Civil Veterinary Department Bengal reports 1923-33 - 1923-1933
Year: 1923
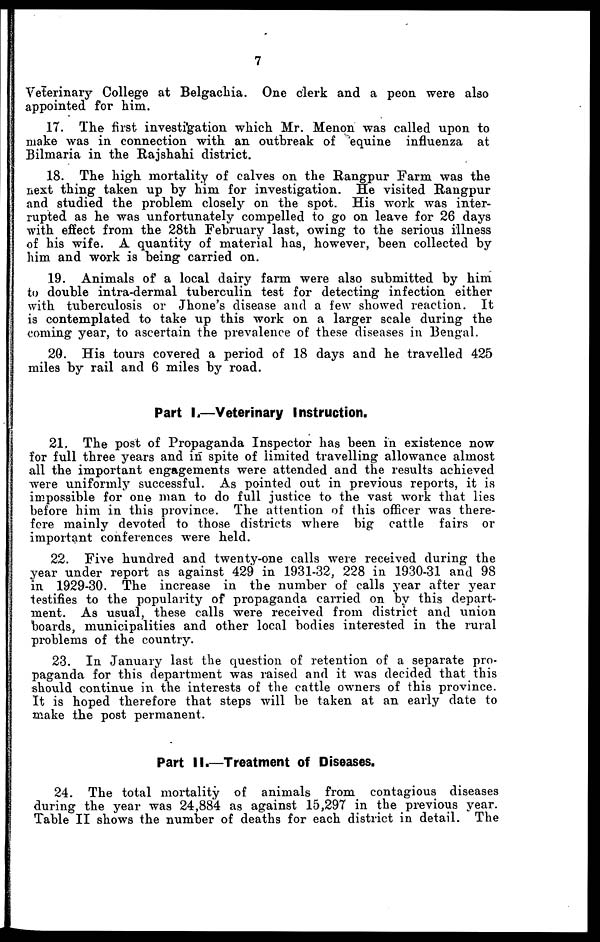
7
Veterinary College at Belgachia. One clerk and a peon were also
appointed for him.
17. The first investigation which Mr. Menon was called upon to
make was in connection with an outbreak of equine influenza at
Bilmaria in the Rajshahi district.
18. The high mortality of calves on the Rangpur Farm was the
next thing taken up by him for investigation. He visited Rangpur
and studied the problem closely on the spot. His work was inter-
rupted as he was unfortunately compelled to go on leave for 26 days
with effect from the 28th February last, owing to the serious illness
of his wife. A quantity of material has, however, been collected by
him and work is being carried on.
19. Animals of a local dairy farm were also submitted by him
to double intra-dermal tuberculin test for detecting infection either
with tuberculosis or Jhone's disease and a few showed reaction. It
is contemplated to take up this work on a larger scale during the
coming year, to ascertain the prevalence of these diseases in Bengal.
20. His tours covered a period of 18 days and he travelled 425
miles by rail and 6 miles by road.
Part I.—Veterinary Instruction.
21. The post of Propaganda Inspector has been in existence now
for full three years and in spite of limited travelling allowance almost
all the important engagements were attended and the results achieved
were uniformly successful. As pointed out in previous reports, it is
impossible for one man to do full justice to the vast work that lies
before him in this province. The attention of this officer was there-
fore mainly devoted to those districts where big cattle fairs or
important conferences were held.
22. Five hundred and twenty-one calls were received during the
year under report as against 429 in 1931-32, 228 in 1930-31 and 98
in 1929-30. The increase in the number of calls year after year
testifies to the popularity of propaganda carried on by this depart-
ment. As usual, these calls were received from district and union
boards, municipalities and other local bodies interested in the rural
problems of the country.
23. In January last the question of retention of a separate pro-
paganda for this department was raised and it was decided that this
should continue in the interests of the cattle owners of this province.
It is hoped therefore that steps will be taken at an early date to
make the post permanent.
Part II.—Treatment of Diseases.
24. The total mortality of animals from contagious diseases
during the year was 24,884 as against 15,297 in the previous year.
Table II shows the number of deaths for each district in detail. The